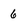
Character: 6